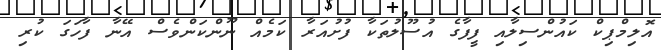
އޮލިމްޕިކް ކައުންސިލާއި ފީފާގެ އުސޫލުތަކާ ފުށުއަރާ ކަމެއް ނޫންކަންވެސް އޭނާ ފާހަގަ ކުރި